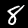
Digit: 8